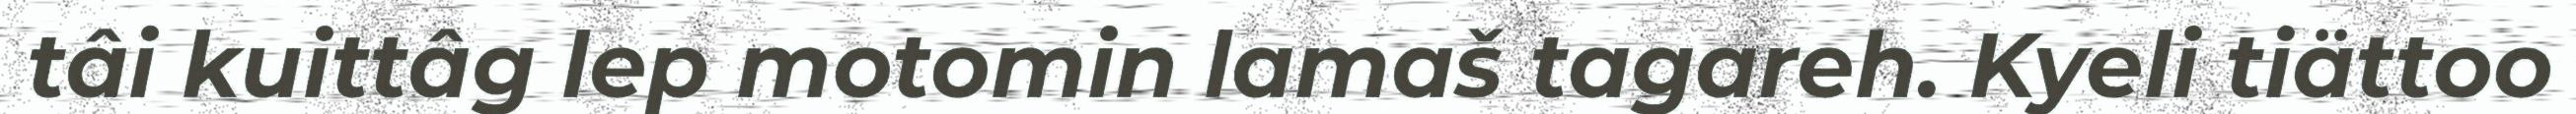
tâi kuittâg lep motomin lamaš tagareh. Kyeli tiättoo